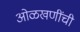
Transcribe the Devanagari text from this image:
ओळखणींची